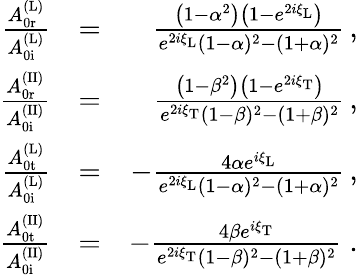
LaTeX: \begin{array}{rlr}{\frac{A_{\mathrm{0r}}^{\mathrm{(L)}}}{A_{\mathrm{0i}}^{\mathrm{(L)}}}}&{=}&{\frac{\left(1-\alpha^{2}\right)\left(1-e^{2i\xi_{\mathrm{L}}}\right)}{e^{2i\xi_{\mathrm{L}}}(1-\alpha)^{2}-(1+\alpha)^{2}}\, ,}\\ {\frac{A_{\mathrm{0r}}^{\mathrm{(II)}}}{A_{\mathrm{0i}}^{\mathrm{(II)}}}}&{=}&{\frac{\left(1-\beta^{2}\right)\left(1-e^{2i\xi_{\mathrm{T}}}\right)}{e^{2i\xi_{\mathrm{T}}}(1-\beta)^{2}-(1+\beta)^{2}}\, ,}\\ {\frac{A_{\mathrm{0t}}^{\mathrm{(L)}}}{A_{\mathrm{0i}}^{\mathrm{(L)}}}}&{=}&{-\frac{4\alpha e^{i\xi_{\mathrm{L}}}}{e^{2i\xi_{\mathrm{L}}}(1-\alpha)^{2}-(1+\alpha)^{2}}\, ,}\\ {\frac{A_{\mathrm{0t}}^{\mathrm{(II)}}}{A_{\mathrm{0i}}^{\mathrm{(II)}}}}&{=}&{-\frac{4\beta e^{i\xi_{\mathrm{T}}}}{e^{2i\xi_{\mathrm{T}}}(1-\beta)^{2}-(1+\beta)^{2}}\; .}\end{array}